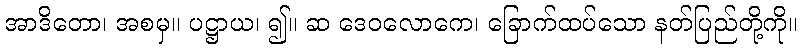
အာဒိတော၊ အစမှ။ ပဋ္ဌာယ၊ ၍။ ဆ ဒေဝလောကေ၊ ခြောက်ထပ်သော နတ်ပြည်တို့ကို။